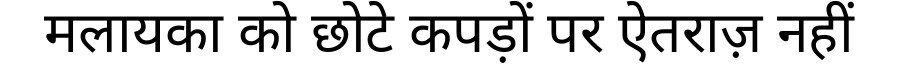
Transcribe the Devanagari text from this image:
मलायका को छोटे कपड़ों पर ऐतराज़ नहीं